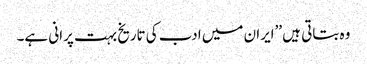
وہ بتاتی ہیں ’’ایران میں ادب کی تاریخ بہت پرانی ہے۔